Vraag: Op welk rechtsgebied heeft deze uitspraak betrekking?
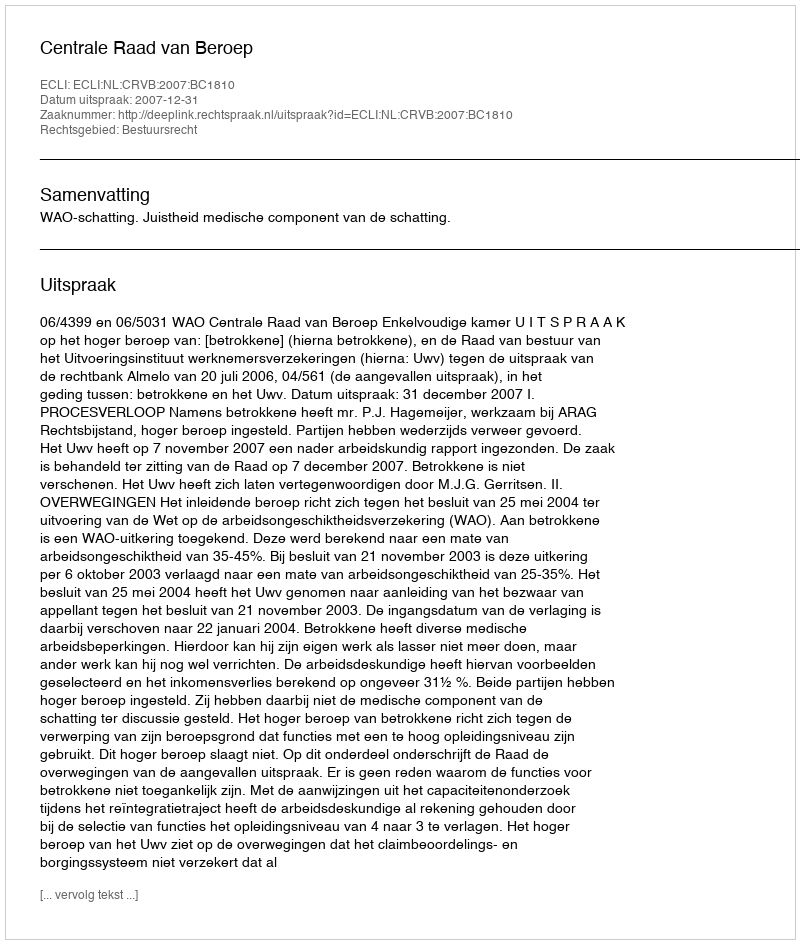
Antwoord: Bestuursrecht